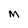
Character: M